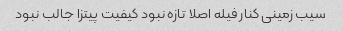
سیب زمینی کنار فیله اصلا تازه نبود کیفیت پیتزا جالب نبود